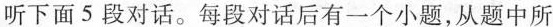
听下面5段对话。每段对话后有一个小题，从题中所